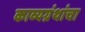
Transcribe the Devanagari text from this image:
काव्यग्रंथांचा